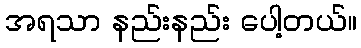
အရသာ နည်းနည်း ပေါ့တယ်။